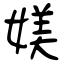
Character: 媄